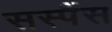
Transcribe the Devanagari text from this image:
सस्पैंस